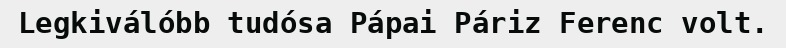
Legkiválóbb tudósa Pápai Páriz Ferenc volt.